Indian journal of veterinary science and animal husbandry - Volume 8,
Year: 1938
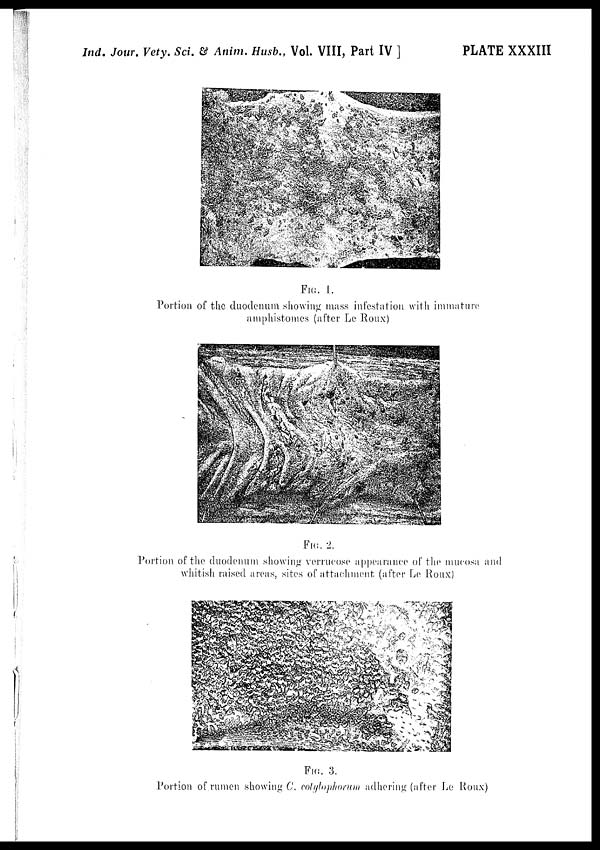
Ind. Jour. Vety. Sci. & Anim. Husb., Vol. VIII, Part IV ]
PLATE XXXIII
Fig. 1.
Portion of the duodenum showing mass infestation with immature
amphistomes (after Le Roux)
Fig. 2.
Portion of the duodenum showing verrucose appearance of the mucosa and
whitish raised areas, sites of attachment (after Le Roux)
Fig. 3.
Portion of rumen showing C. cotylophorum adhering (after Le Roux)